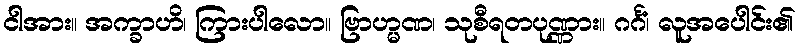
ငါအား။ အက္ခာဟိ၊ ကြားပါလော။ ဗြာဟ္မဏ၊ သုစီရတပုဏ္ဏား။ ဂင်္ဂံ၊ လူအပေါင်း၏